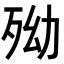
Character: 𣧥